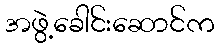
အဖွဲ့ခေါင်းဆောင်က